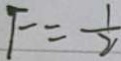
F = \frac { 1 } { 2 }